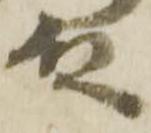
殿